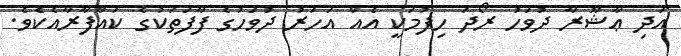
އަދި ޢާޝޫރާ ދުވަހު ރޯދަ ހިފުމަކީ އެއް އަހަރު ދުވަހުގެ ފާފަތަކުގެ ކައްފާރާއެކެވެ.